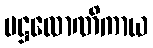
မဋ္ဌလောဏိကာယ